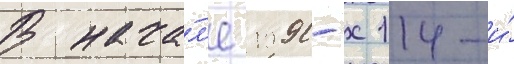
В нача́л'е 1990-х 114-и́